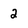
Character: 2